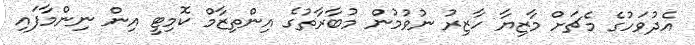
އެދުވަހުގެ މެޗަށް މާޒިޔާ ހާޒިރު ނުވުމުން މުބާރާތުގެ އިންތިޒާމް ކޮމިޓީ އިން ނިންމާފައި